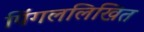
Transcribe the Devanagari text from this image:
पिंगललिखित